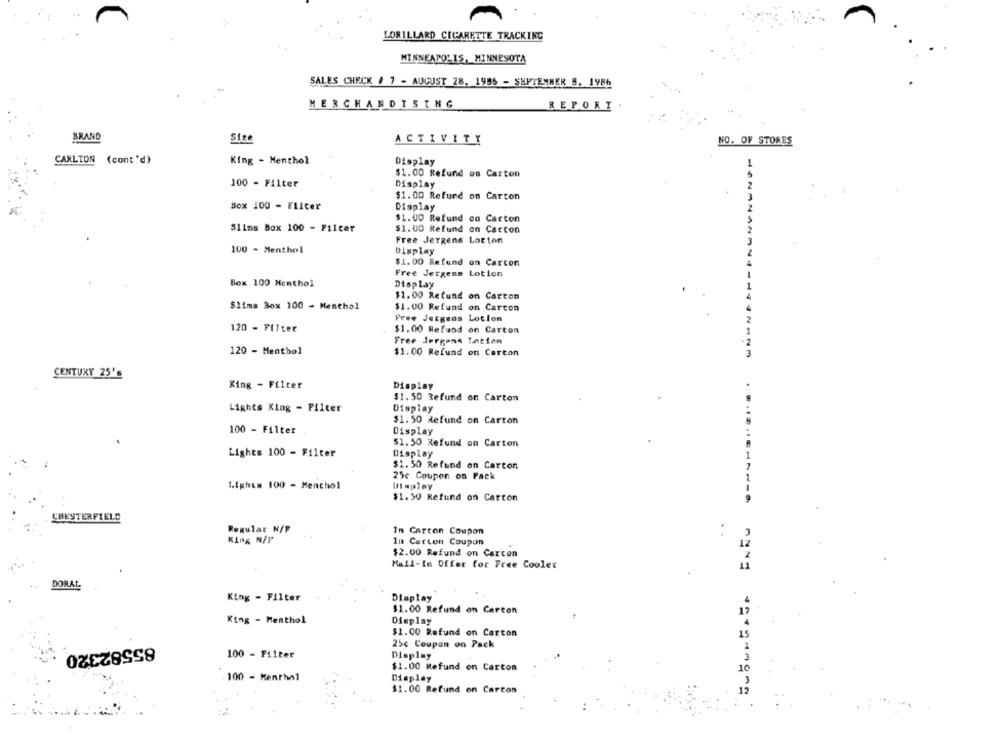
A
LORILLARD CIGARETTE TRACKING
MINNEAPOLIS, MINNESOTA
SALES CHECK # 7 - AUGUST 28. 1956 - SEPTESHER 8. 1986
MERCHANDISING
REPORT
BRAND
Size
ACTIVITY
NO. OF STORES
CARLTON (cont'd)
King - Menthol
Display
$1.00 Refund on Carton
100 - Filter
Display
2
$1.00 Refund on Carton
Box 100 - Filter
Display
$1.00 Refund on Carton
Slims Box 100 - Filter
$1.00 Refund on Carcon
2
INW
Free Jergens Lotton
100 - Menthol
Display
$1.00 Refund on Carcon
Free Jergens Lotion
Box 100 Menthol
Display
$1.00 Refund on Carton
Slima Box 100 - Menthol
$1.00 Refund on Carcon
Free Jergens Lotion
120 - Filter
$1.00 Refund on Carton
Free Jorgene Tation
120 - Menthol
$1.00 Refund on Carton
CENTURY 25's
King - Filter
Display
$1.50 Refund on Carton
Lights King - Filter
Display
$1.50 Refund on Carton
100 - Filter
Display
......
$1. 50 Refund on Carton
Lights 100 - Filter
Display
$1.50 Refund on Carton
25e Coupon on Pack
1.Ights 100 - Menthol
$1.50 Refund on Carcon
CHESTERFIELD
Buburtada ENEu
Regular N/F
In Carcon Coupon
King N/P
la Carton Coupon
$2.00 Refund on Carcon
Mail-In Offer for Free Cooler
DORAL
King - Filter
Display
$1.00 Refund on Carton
King - Menthol
Display
$1.00 Refund on Carton
25c Coupon on Pack
85582320
100 - Filter
Display
$1.00 Mefund on Carton
100 - Menthol
Display
$1.00 Refund on Carton